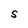
Character: S